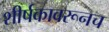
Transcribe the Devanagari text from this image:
शीर्षकावरूनच